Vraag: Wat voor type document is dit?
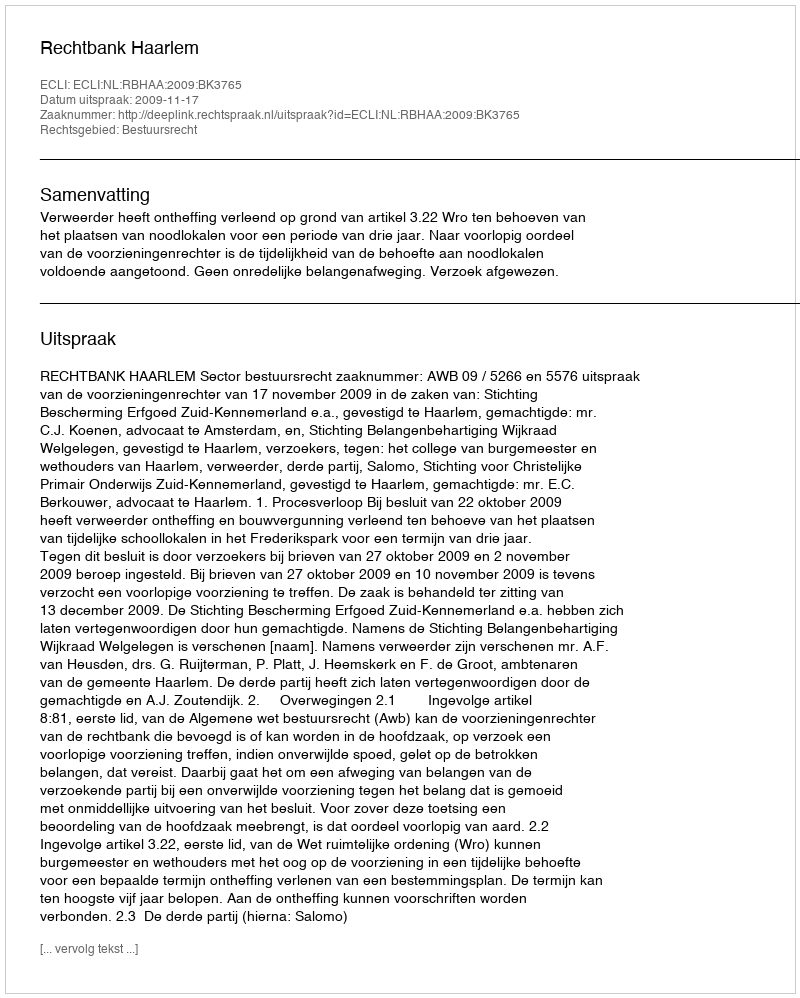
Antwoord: Uitspraak